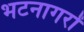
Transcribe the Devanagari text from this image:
भटनागरों